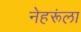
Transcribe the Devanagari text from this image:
नेहरूंला